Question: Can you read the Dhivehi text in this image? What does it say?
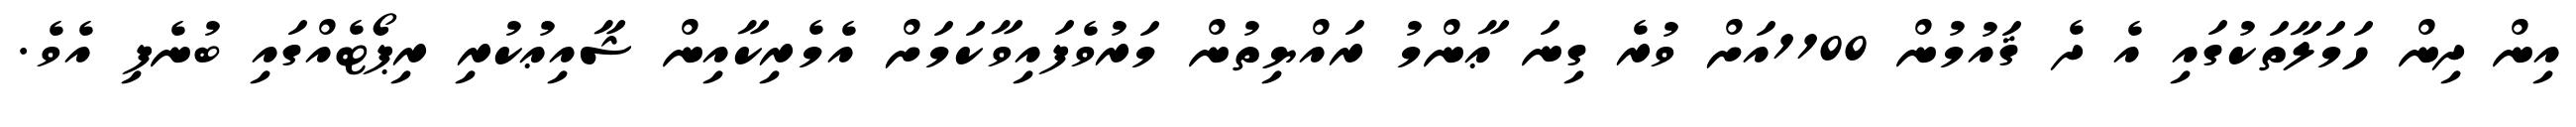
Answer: އިން ދިން ހަމަލާތަކުގައި އެ ދެ ޤައުމުން 1100އަށް ވުރެ ގިނަ ޢާންމު ރައްޔިތުން މަރުވެފައިވާކަމަށް އެމެރިކާއިން ޝާއިޢުކުރި ރިޕޯޓެއްގައި ބުނެފި އެވެ.